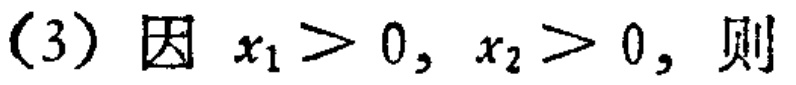
(3) 因 \(x_{1}>0, x_{2}>0\), 则